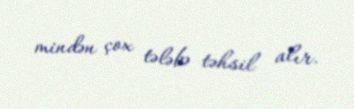
mindən çox tələbə təhsil alır.